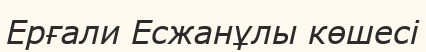
Ерғали Есжанұлы көшесі